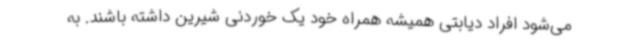
می‌شود افراد دیابتی همیشه همراه خود یک خوردنی شیرین داشته باشند. به